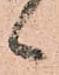
候